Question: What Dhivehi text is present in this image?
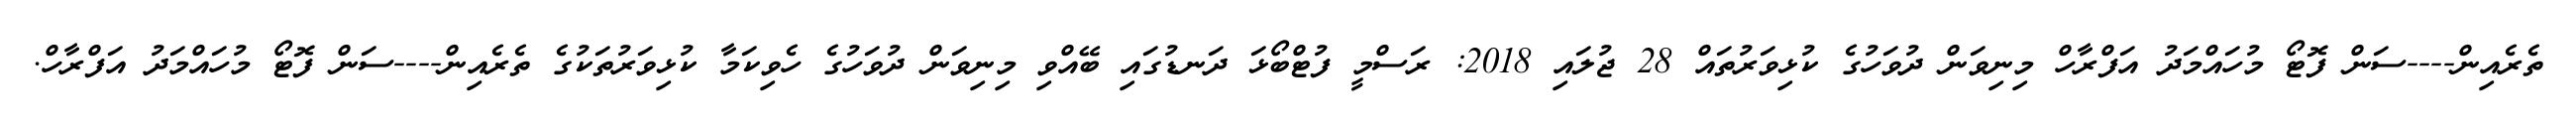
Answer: ތެރެއިން----ސަން ފޮޓޯ މުހައްމަދު އަފްރާހް މިނިވަން ދުވަހުގެ ކުޅިވަރުތައް 28 ޖުލައި 2018: ރަސްމީ ފުޓްބޯޅަ ދަނޑުގައި ބޭއްވި މިނިވަން ދުވަހުގެ ހެވިކަމާ ކުޅިވަރުތަކުގެ ތެރެއިން----ސަން ފޮޓޯ މުހައްމަދު އަފްރާހް.